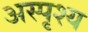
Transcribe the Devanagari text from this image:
अस्पृश्‍य